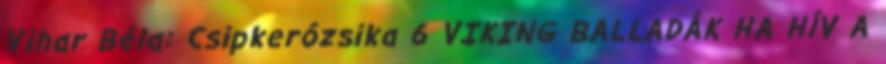
Vihar Béla: Csipkerózsika 6 VIKING BALLADÁK HA HÍV A